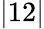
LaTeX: |12|